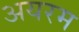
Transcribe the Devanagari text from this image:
अयरम